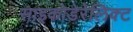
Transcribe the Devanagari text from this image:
साइकोडेरेलिक्ट